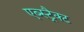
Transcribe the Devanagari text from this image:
एब्स्ट्रैक्ट